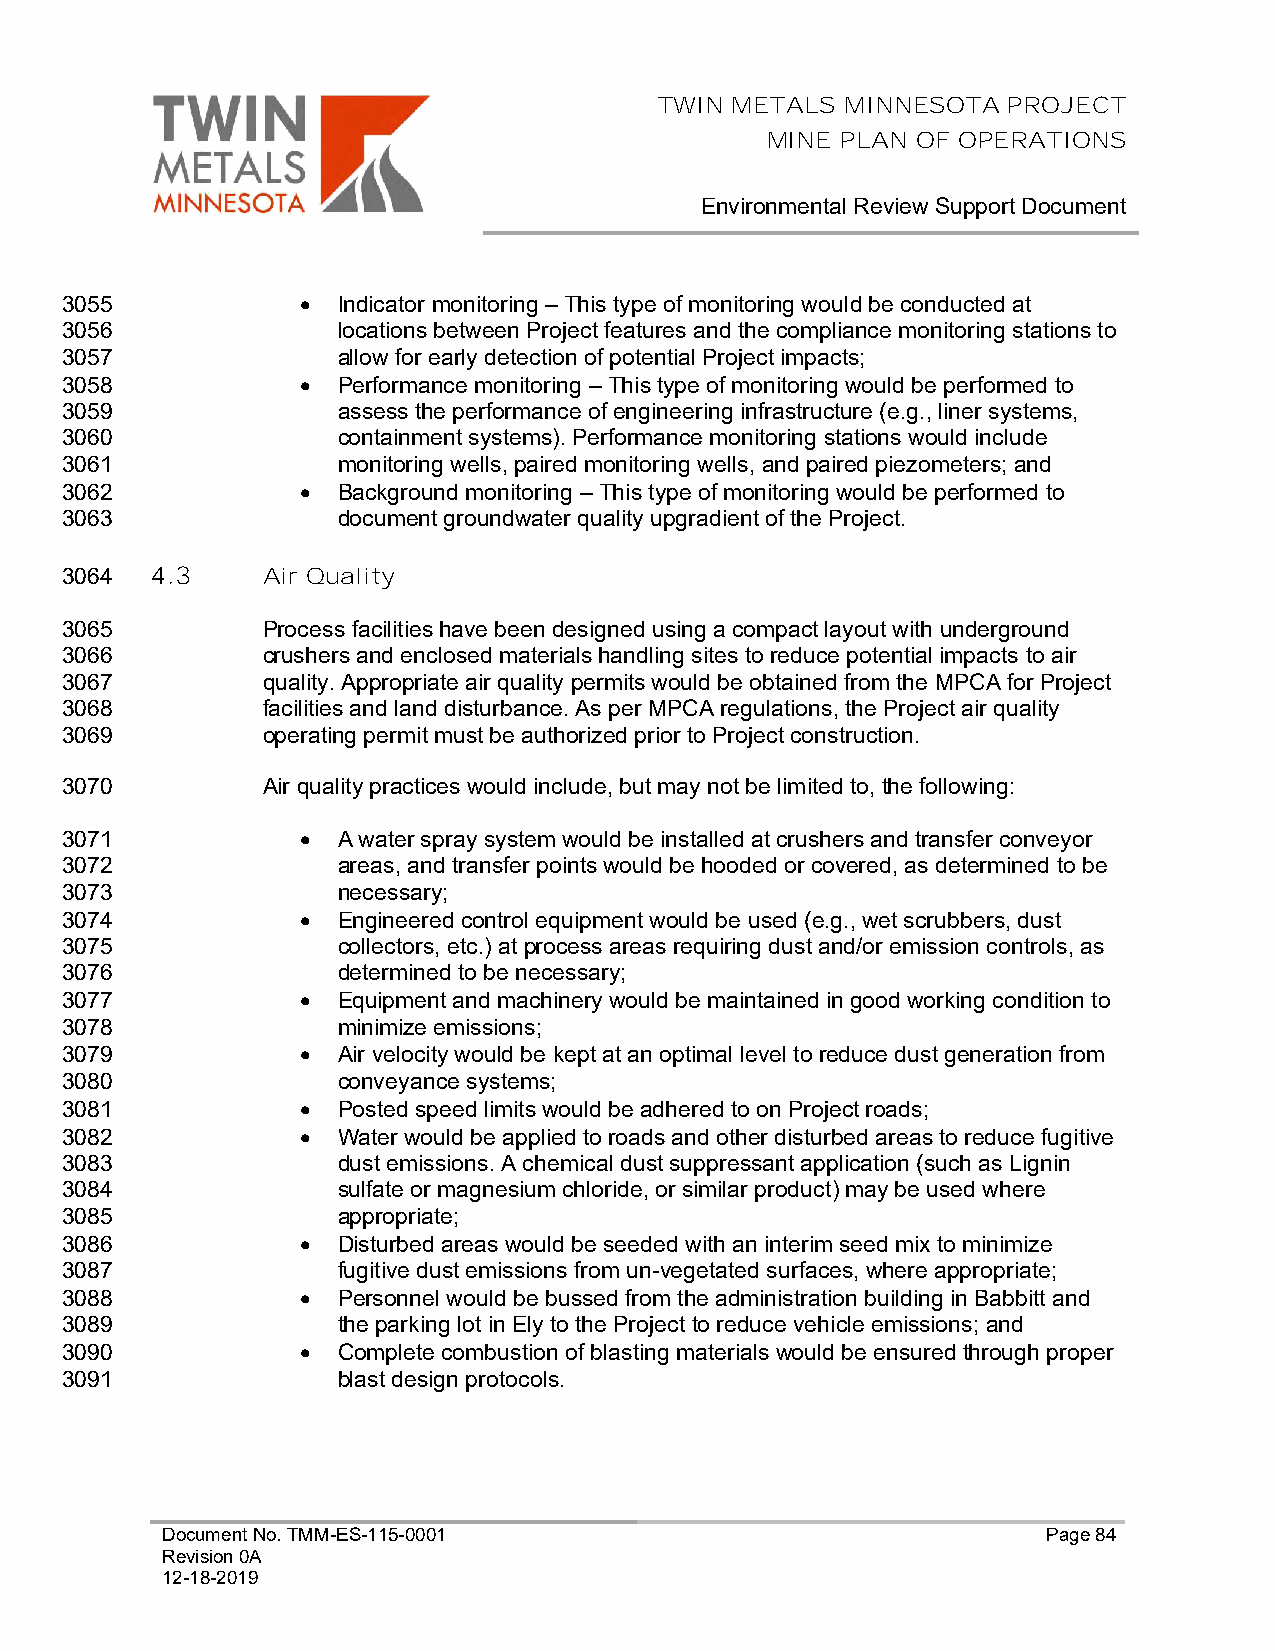
TWIN METALS MINNESOTA  PROJECT
 MINE PLAN OF OPERATIONS
 Environmental Review Support Document
 3055            • Indicator monitoring – This type of monitoring would be conducted at
 3056              locations between Project features and the compliance monitoring stations to
 3057              allow for early detection of potential Project impacts;
 3058            • Performance monitoring – This type of monitoring would be performed to
 3059              assess the performance of engineering infrastructure (e.g., liner systems,
 3060              containment systems). Performance monitoring stations would include
 3061              monitoring wells, paired monitoring wells, and paired piezometers; and
 3062            • Background monitoring – This type of monitoring would be performed to
 3063              document groundwater quality upgradient of the Project.
 3064  4.3    Air Quality
 3065         Process facilities have been designed using a compact layout with underground
 3066         crushers and enclosed materials handling sites to reduce potential impacts to air
 3067         quality. Appropriate air quality permits would be obtained from the MPCA for Project
 3068         facilities and land disturbance. As per MPCA regulations, the Project air quality
 3069         operating permit must be authorized prior to Project construction.
 3070         Air quality practices would include, but may not be limited to, the following:
 3071            • A water spray system would be installed at crushers and transfer conveyor
 3072              areas, and transfer points would be hooded or covered, as determined to be
 3073              necessary;
 3074            • Engineered control equipment would be used (e.g., wet scrubbers, dust
 3075              collectors, etc.) at process areas requiring dust and/or emission controls, as
 3076              determined to be necessary;
 3077            • Equipment and machinery would be maintained in good working condition to
 3078              minimize emissions;
 3079            • Air velocity would be kept at an optimal level to reduce dust generation from
 3080              conveyance systems;
 3081            • Posted speed limits would be adhered to on Project roads;
 3082            • Water would be applied to roads and other disturbed areas to reduce fugitive
 3083              dust emissions. A chemical dust suppressant application (such as Lignin
 3084              sulfate or magnesium chloride, or similar product) may be used where
 3085              appropriate;
 3086            • Disturbed areas would be seeded with an interim seed mix to minimize
 3087              fugitive dust emissions from un-vegetated surfaces, where appropriate;
 3088            • Personnel would be bussed from the administration building in Babbitt and
 3089              the parking lot in Ely to the Project to reduce vehicle emissions; and
 3090            • Complete combustion of blasting materials would be ensured through proper
 3091              blast design protocols.
 Document No. TMM-ES-115-0001                              Page 84
 Revision 0A
 12-18-2019